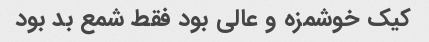
کیک خوشمزه و عالی بود فقط شمع بد بود